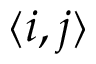
\langle i , j \rangle